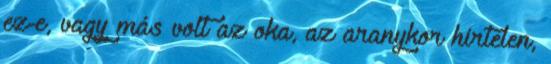
ez-e, vagy más volt az oka, az aranykor hirtelen,